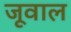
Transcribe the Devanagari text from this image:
जूवाल